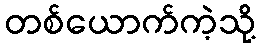
တစ်ယောက်ကဲ့သို့